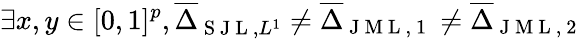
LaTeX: \exists x,y\in[0,1]^{p},\overline{{\Delta}}_{\mathrm{~S~J~L~},L^{1}}\neq\overline{{\Delta}}_{\mathrm{~J~M~L~,~1~}}\neq\overline{{\Delta}}_{\mathrm{~J~M~L~,~2~}}